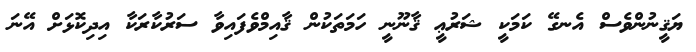
ޔަޤީނުންވެސް އެނގޭ ކަމަކީ ޝަރުޢީ ޤާނޫނީ ހަމަތަކުން ޤާއިމްވެފައިވާ ސަރުކާރަކާ އިދިކޮޅަށް އޭނަ